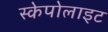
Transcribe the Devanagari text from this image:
स्केपोलाइट